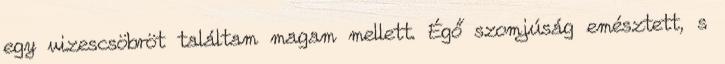
egy vizescsöbröt találtam magam mellett. Égő szomjúság emésztett, s